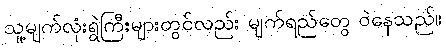
သူ့မျက်လုံးရွဲကြီးများတွင်လည်း မျက်ရည်တွေ ဝဲနေသည်။